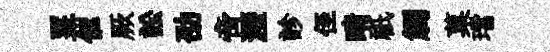
罣催厥訟劭啻瀝診侄晴祇觸菓璫